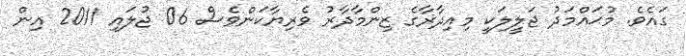
ގައެވެ. މުޙައްމަދު ޖަލީލަކީ މިއިދާރާގެ ޒިންމާދާރު ވެރިޔާކަންވެސް 06 ޖުލައި 2011 އިން